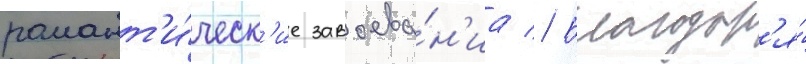
романт'и́ческ'ие завоева́н'иа // Благодар'я́